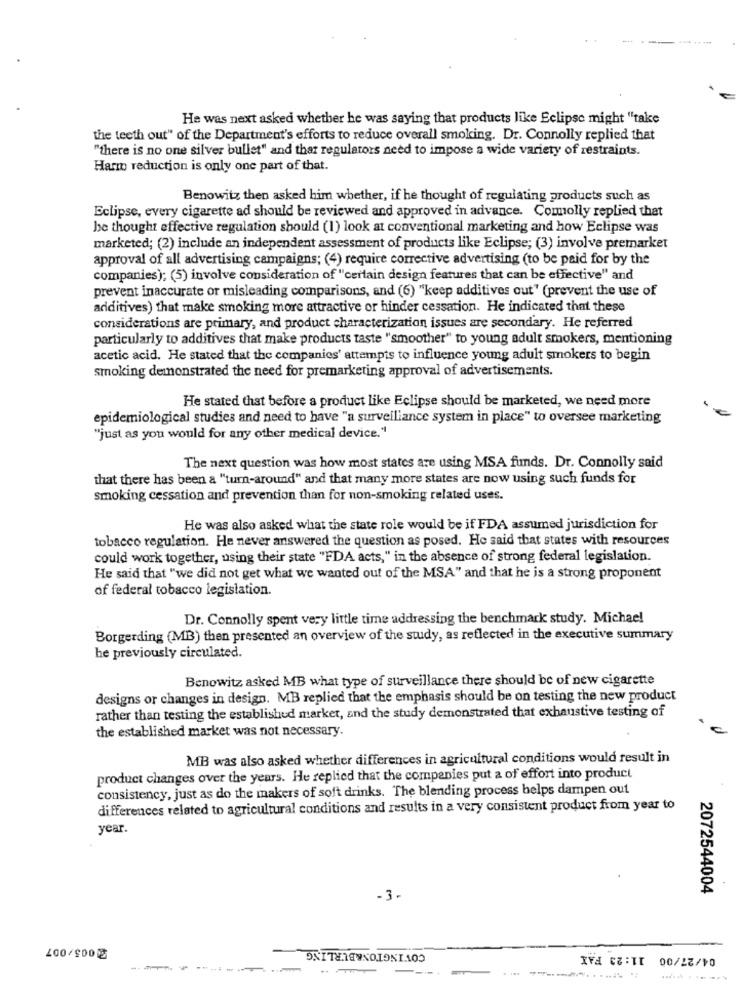
He was next asked whether he was saying that products like Eclipse might "take
the teeth out" of the Department's efforts to reduce overall smoking. Dr. Connolly replied that
"there is no one silver bullet" and that regulators need to impose a wide variety of restraints.
Harm reduction is only one part of that.
Benowitz then asked him whether, if he thought of regulating products such as
Eclipse, every cigarette ad should be reviewed and approved in advance. Commolly replied that
he thought effective regulation should (1) look at conventional marketing and how Eclipse was
marketed; (2) include an independent assessment of products like Eclipse; (3) involve premarket
approval of all advertising campaigns; (4) require corrective advertising (to be paid for by the
companies); (5) involve consideration of "certain design features that can be effective" and
prevent inaccurate or misleading comparisons, and (6) "keep additives out" (prevent the use of
additives) that make smoking more attractive or hinder cessation. He indicated that these
considerations are primary, and product characterization issues are secondary. He referred
particularly to additives that make products taste "smoother" to young adult smokers, mentioning
acetic acid. He stated that the companies' attempts to influence young adult smokers to begin
smoking demonstrated the need for premarketing approval of advertisements.
He stated that before a product like Eclipse should be marketed, we need more
epidemiological studies and need to have "a surveillance system in place" to oversee marketing
"just as you would for any other medical device."
The next question was how most states are using MSA funds. Dr. Connolly said
that there has been a "turn-around" and that many more states are now using such funds for
smoking cessation and prevention than for non-smoking related uses.
He was also asked what the state role would be if FDA assumed jurisdiction for
tobacco regulation. He never answered the question as posed. Ho said that states with resources
could work together, using their state "FDA acts," in the absence of strong federal legislation.
He said that "we did not get what we wanted out of the MSA" and that he is a strong proponent
of federal tobacco legislation.
Dr. Connolly spent very little time addressing the benchmark study. Michael
Borgerding (MB) then presented an overview of the study, as reflected in the executive summary
he previously circulated.
Benowitz asked MB what type of surveillance there should be of new cigarette
designs or changes in design. MB replied that the emphasis should be on testing the new product
rather than testing the established market, and the study demonstrated that exhaustive testing of
the established market was not necessary.
MB was also asked whether differences in agricultural conditions would result in
product changes over the years. He replied that the companies put a of effort into product
consistency, just as do the makers of soft drinks. The blending process helps dampen out
differences related to agricultural conditions and results in a very consistent product from year to
year.
2072544004
-3.
COVINGTON&BURLING
11:23 FAX
400/900
----